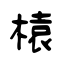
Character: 榬